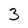
Character: 3